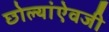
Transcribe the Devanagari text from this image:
छोल्यांऐवजी